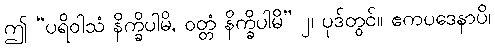
ဤ “ပရိဝါသံ နိက္ခိပါမိ, ဝတ္တံ နိက္ခိပါမိ” ၂၊ ပုဒ်တွင်။ ဧကပဒေနာပိ၊